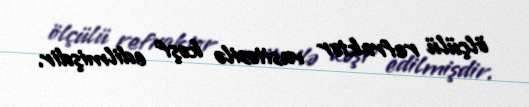
ölçülü refraktor vasitəsilə kəşf edilmişdir.